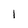
Character: I